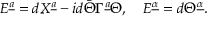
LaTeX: { \cal E } ^ { \underline { { a } } } = d X ^ { \underline { { a } } } - i d \bar { \Theta } \Gamma ^ { \underline { { a } } } \Theta , \quad { \cal E } ^ { \underline { { \alpha } } } = d \Theta ^ { \underline { { \alpha } } } .